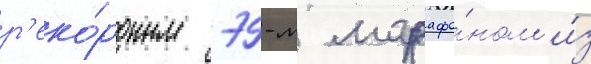
р'еко́рдным 79-м марафо́ном и́з